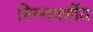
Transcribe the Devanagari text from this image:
निम्नवर्णीय